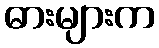
ဓားများက